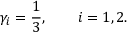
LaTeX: \gamma _ { i } = \frac { 1 } { 3 } , \qquad i = 1 , 2 .